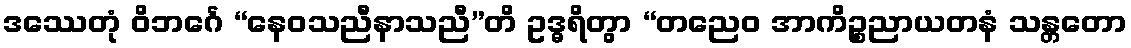
ဒဿေတုံ ဝိဘင်္ဂေ “နေဝသညီနာသညီ”တိ ဥဒ္ဓရိတွာ “တညေဝ အာကိဉ္စညာယတနံ သန္တတော